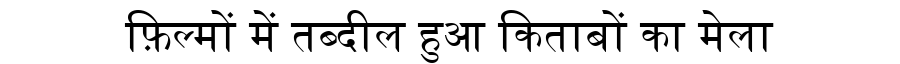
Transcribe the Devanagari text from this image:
फ़िल्मों में तब्दील हुआ किताबों का मेला